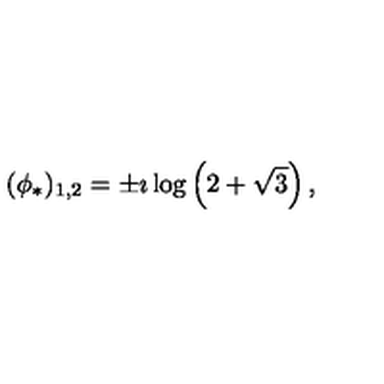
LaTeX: ( \phi _ { * } ) _ { 1 , 2 } = \pm \imath \log \left( 2 + \sqrt 3 \right) ,